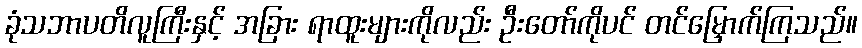
ခုံသဘာပတိလူကြီးနှင့် အခြား ရာထူးများကိုလည်း ဦးတော်ကိုပင် တင်မြှောက်ကြသည်။